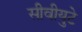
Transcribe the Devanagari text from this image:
सीवीयुटे